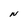
Character: N